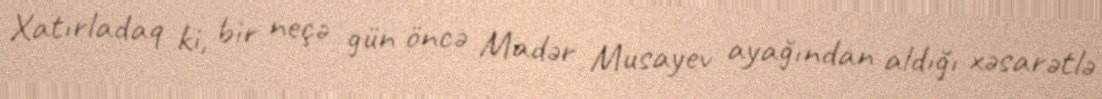
Xatırladaq ki, bir neçə gün öncə Madər Musayev ayağından aldığı xəsarətlə